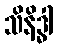
သိနိဒ္ဓါ